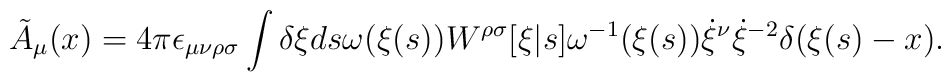
\tilde{A}_\mu (x)= 4\pi \epsilon_{\mu\nu\rho\sigma} \int \delta \xi ds\omega(\xi(s)) W^{\rho\sigma} [\xi|s] \omega^{-1} (\xi(s))\dot{\xi}^\nu \dot{\xi}^{-2} \delta (\xi(s)-x).